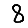
Digit: 8